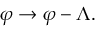
\varphi \rightarrow \varphi - \Lambda .